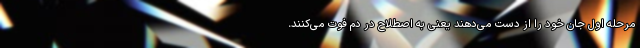
مرحله اول جان خود را از دست می‌دهند یعنی به اصطلاح در دم فوت می‌کنند.